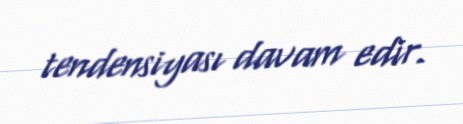
tendensiyası davam edir.